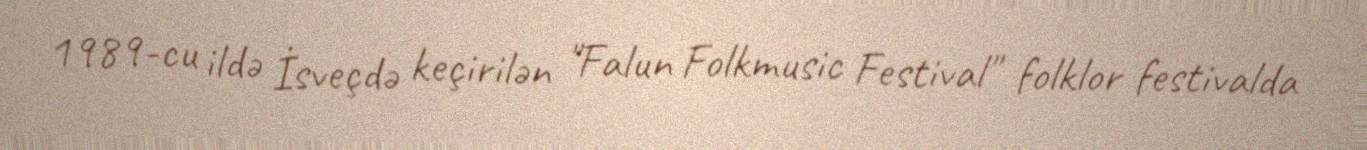
1989-cu ildə İsveçdə keçirilən "Falun Folkmusic Festival" folklor festivalda